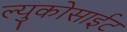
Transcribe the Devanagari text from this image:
ल्युकोसाईट